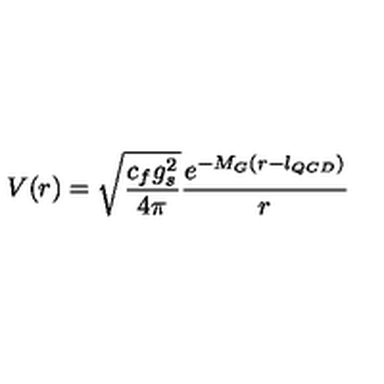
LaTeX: V ( r ) = \sqrt { \frac { c _ { f } g _ { s } ^ { 2 } } { 4 \pi } } \frac { e ^ { - M _ { G } ( r - l _ { Q C D } ) } } { r }